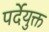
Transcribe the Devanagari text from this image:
पर्देयुक्त